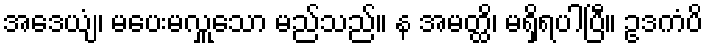
အဒေယျံ၊ မပေးမလှူသော မည်သည်။ န အမတ္ထိ၊ မရှိရပါပြီ။ ဥဒကံပိ